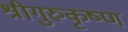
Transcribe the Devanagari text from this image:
श्रीगुरुकृष्ण